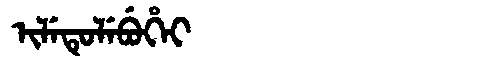
Manchu: ᡳᠯᡝᡨᡠᠯᡝᠪᡠᡥᡝᡳ
Romanization: ILETULEBUHEI